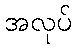
အလုပ်